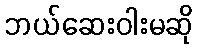
ဘယ်ဆေးဝါးမဆို